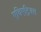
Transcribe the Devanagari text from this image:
एविएट्रिक्स